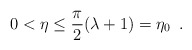
\begin{align*}0<\eta \leq \frac{\pi }{2}(\lambda +1)=\eta _{0}\, \, \, .\end{align*}